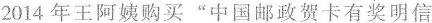
2014年王阿姨购买”中国邮政贺卡有奖明信